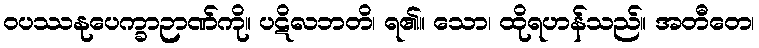
ဝပဿနုပေက္ခာဉာဏ်ကို။ ပဋိလဘတိ၊ ရ၏။ သော၊ ထိုရဟန်သည်။ အတီတေ၊